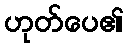
ဟုတ်ပေ၏